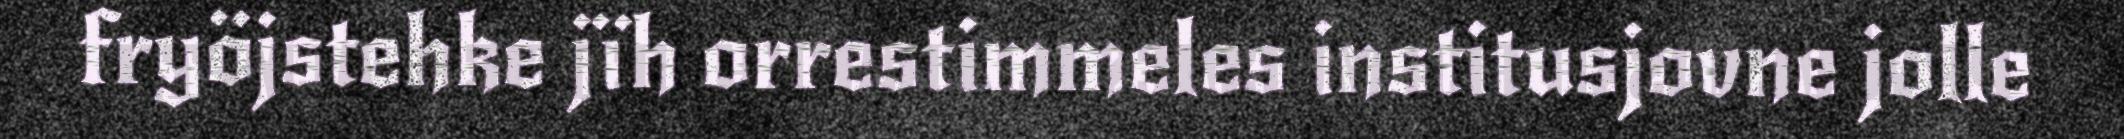
fryöjstehke jïh orrestimmeles institusjovne jolle